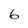
Character: 6